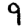
Digit: 9